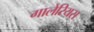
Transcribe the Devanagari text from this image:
गालेरियस